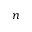
n